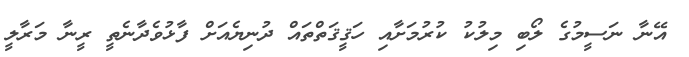
އޭނާ ނަސީމުގެ ލޯބި މިލުކު ކުރުމަށާއި ހަޤީޤަތްތައް ދުނިޔެއަށް ފާޅުވެދާނެތީ ރީނާ މަރާލީ